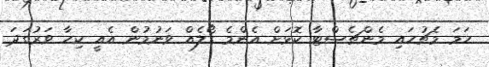
ހަމަ މެޗުހައި މެންޗެސްޓާ ކޮޅަށް އެންމެ ގޯލެއް ވަނުމުން އެއީ ކިހާ ވަރުގަދަ